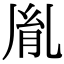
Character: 胤